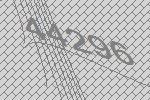
44296